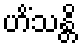
ဟိံသန္တိ